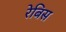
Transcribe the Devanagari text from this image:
रेबिस